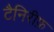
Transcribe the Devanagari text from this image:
टैनिरीफ़